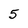
Character: 5